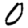
Digit: 0